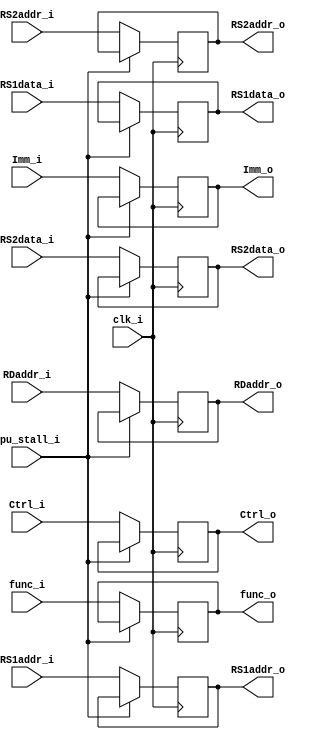
module ID_EX_Registers 
(
    clk_i,
    Ctrl_i,
    RS1data_i,
    RS2data_i,
    Imm_i,
    func_i,
    RS1addr_i,
    RS2addr_i,
    RDaddr_i,
    cpu_stall_i,
    Ctrl_o,
    RS1data_o,
    RS2data_o,
    Imm_o,
    func_o,
    RS1addr_o,
    RS2addr_o,
    RDaddr_o
);

input                clk_i, cpu_stall_i;
input  [6:0]         Ctrl_i;
input  [31:0]        RS1data_i, RS2data_i, Imm_i;
input  [9:0]         func_i;
input  [4:0]         RS1addr_i, RS2addr_i, RDaddr_i;

output reg [6:0]     Ctrl_o;
output reg [31:0]    RS1data_o, RS2data_o, Imm_o;
output reg [9:0]     func_o;
output reg [4:0]     RS1addr_o, RS2addr_o, RDaddr_o;


always @(posedge clk_i) begin
    if (~cpu_stall_i) begin
        Ctrl_o    <= Ctrl_i;
        RS1data_o <= RS1data_i;
        RS2data_o <= RS2data_i;
        Imm_o     <= Imm_i;
        func_o    <= func_i;
        RS1addr_o <= RS1addr_i;
        RS2addr_o <= RS2addr_i;
        RDaddr_o  <= RDaddr_i;
    end
end

endmodule